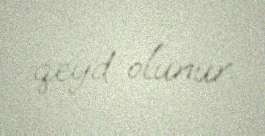
qeyd olunur.